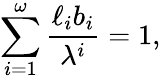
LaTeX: \sum_{i=1}^{\omega}{\frac{\ell_{i}b_{i}}{\lambda^{i}}}=1,